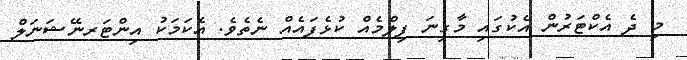
މި ދެ އެކްޓަރުން އެކުގައި މާގިނަ ފިލްމެއް ކުޅެފައެެއް ނެތެވެ. އެކަމަކު އިންޓަރނޭޝަނަލް